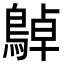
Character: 𪂱